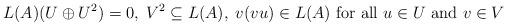
LaTeX: \begin{align*}L(A) (U\oplus U^2)=0, \;V^2\subseteq L(A) ,\; v(vu)\in L(A) \mbox{ for all } u\in U \mbox{ and } v\in V \end{align*}